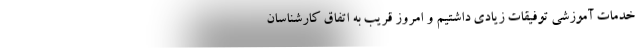
خدمات آموزشی توفیقات زیادی داشتیم و امروز قریب به اتفاق کارشناسان